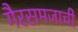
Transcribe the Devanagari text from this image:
गैरसमजाची